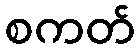
စကတ်